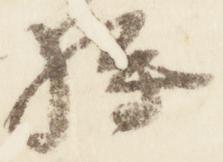
将